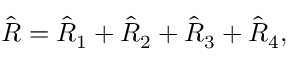
\begin{array} { r } { \hat { R } = \hat { R } _ { 1 } + \hat { R } _ { 2 } + \hat { R } _ { 3 } + \hat { R } _ { 4 } , } \end{array}